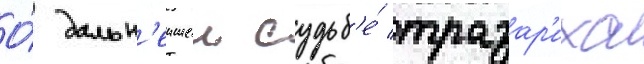
О́ дальн'еишеи судьб'е́ тразар'иха